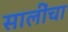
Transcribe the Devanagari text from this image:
सालींचा